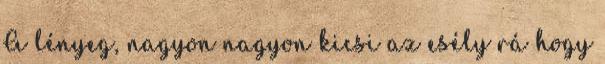
A lényeg, nagyon nagyon kicsi az esély rá hogy